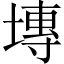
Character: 塼